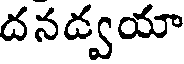
దనద్వయా